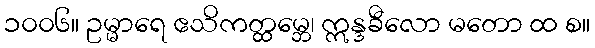
၁၀၀၆။ ဥမ္မာရေ ဧသိကတ္ထမ္ဘေ၊ ဣန္ဒခီလော မတော ထ စ။